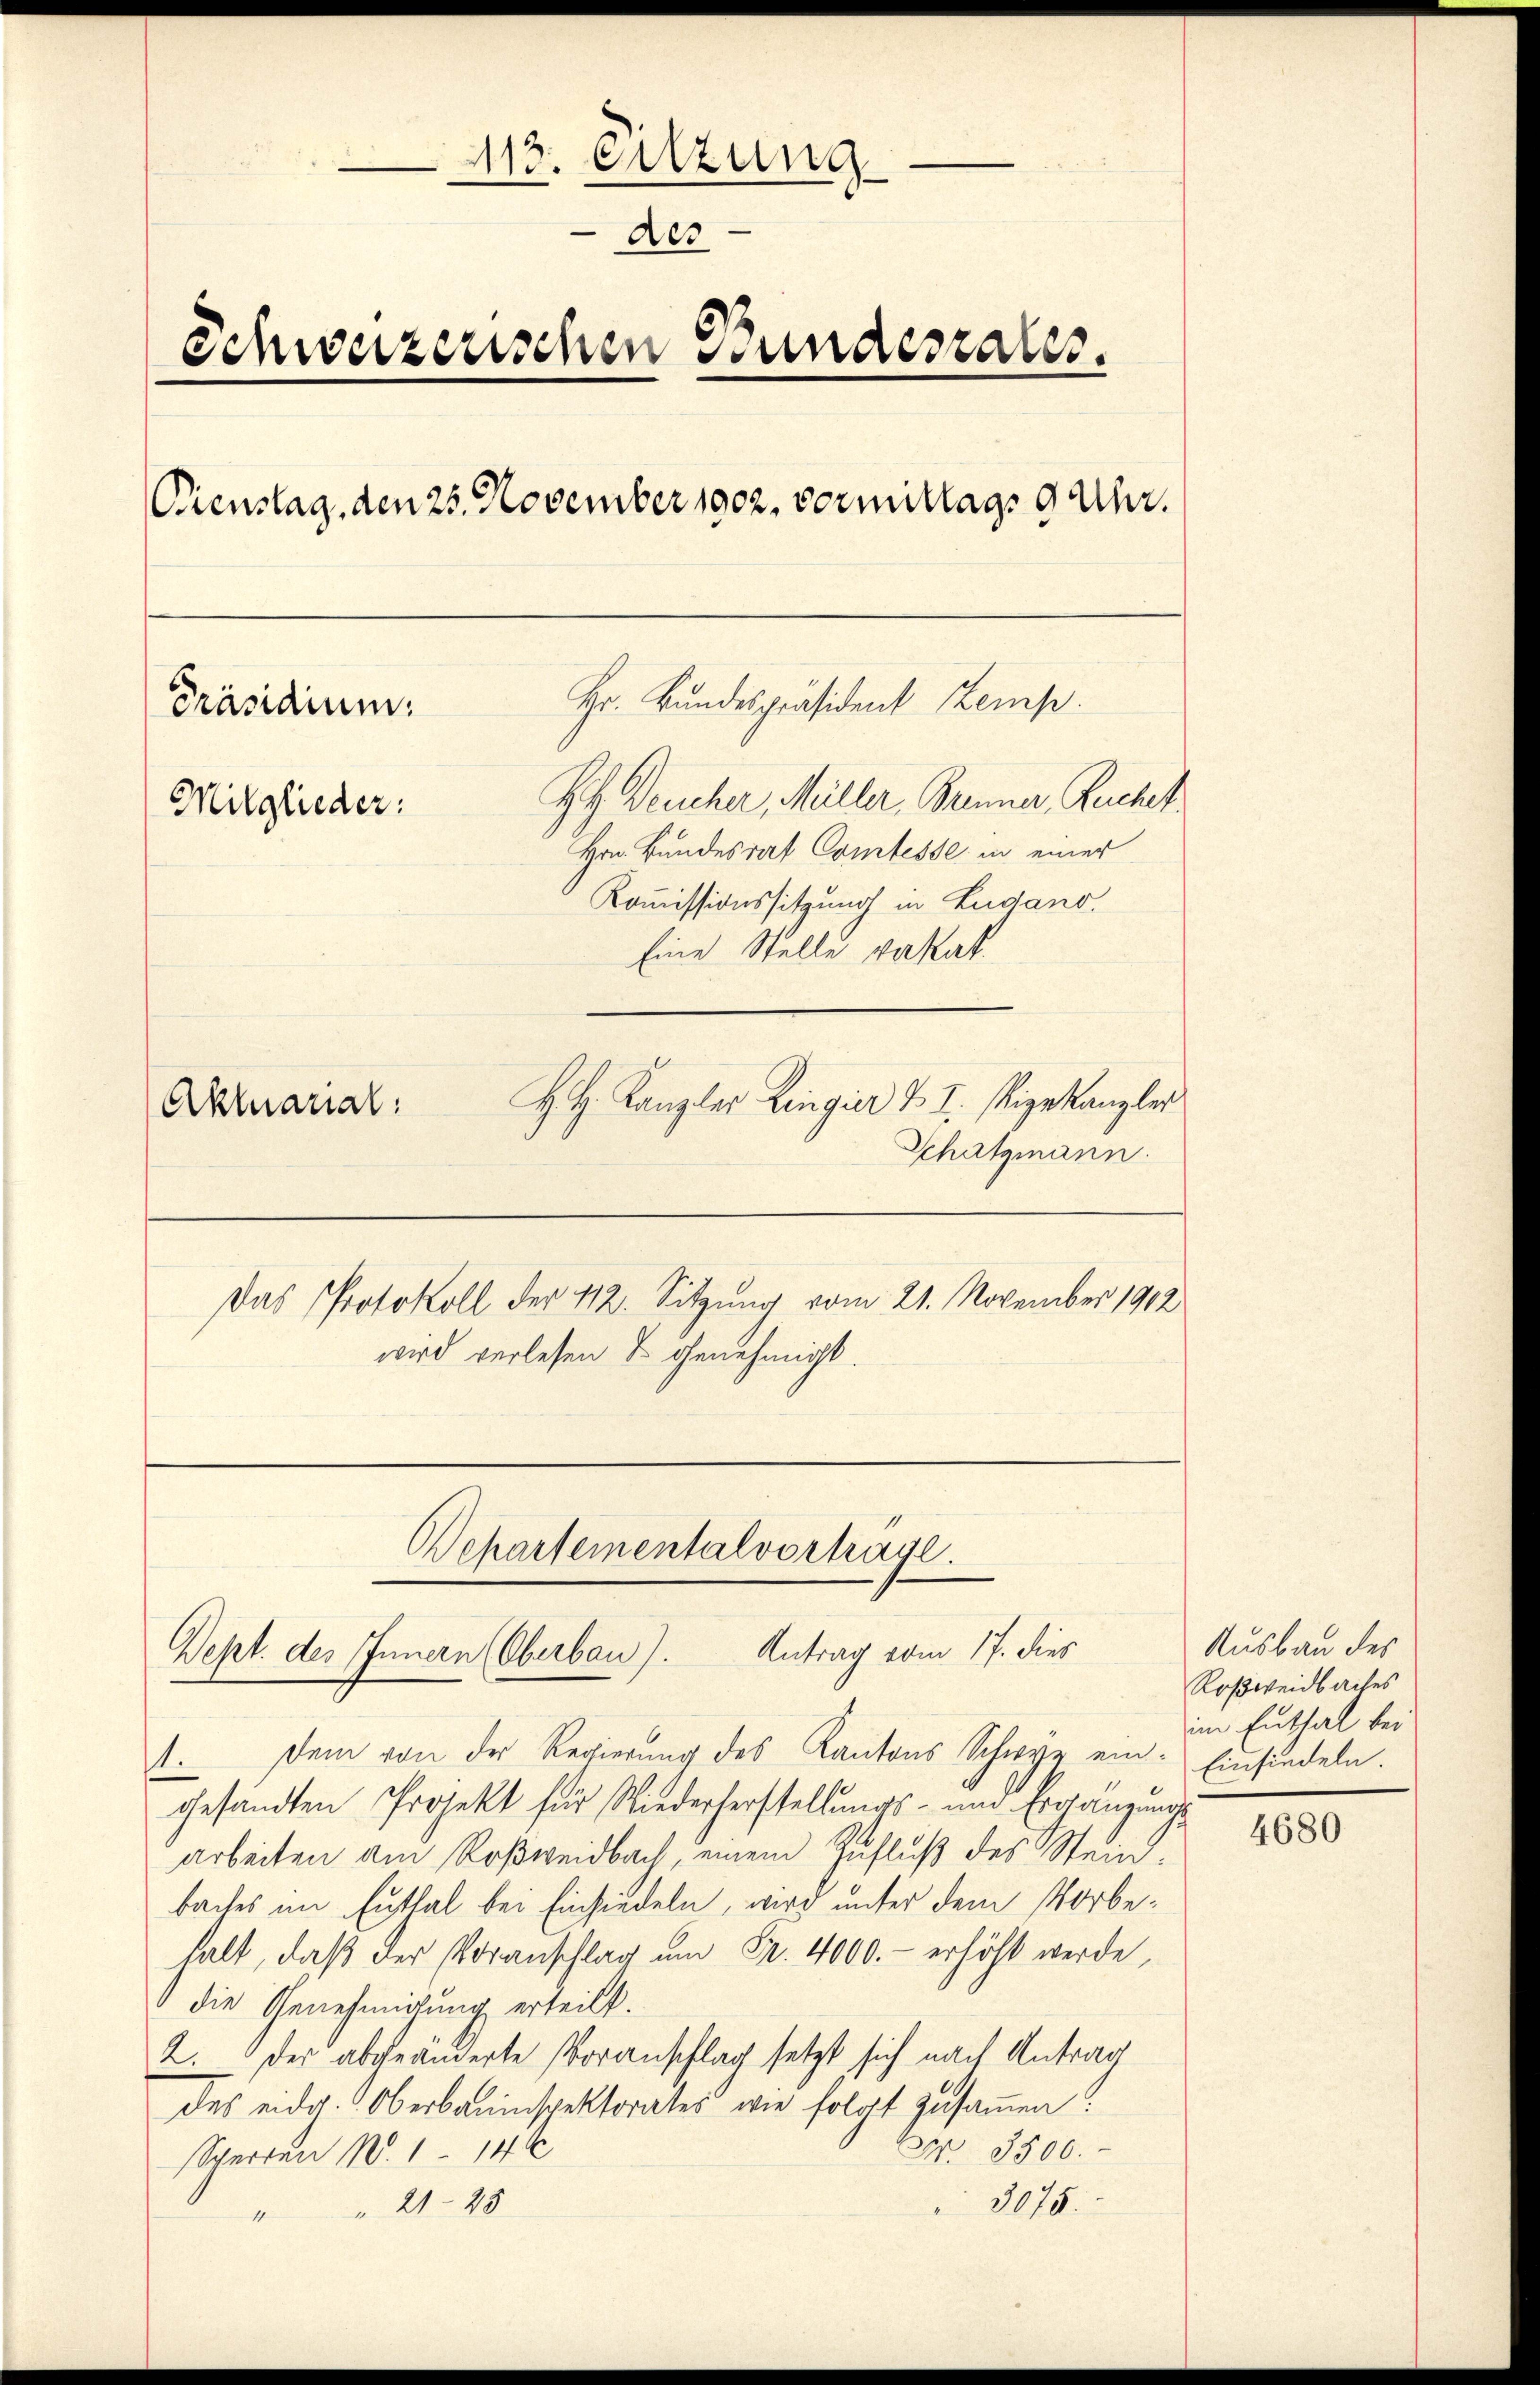
.
413. Eitzung
der
Schweizerischen Bundesrates.
Dienstag, den 25. November 1902. vermittags 9 Uhr.
Hr. Bundespräsident Zemp.
Präsidium.
HH Deucher, Müller, Brenner, Ruchet
Mitglieder:
Hrn. Bundesrat Comtesse in einer
Kommissionssitzung in Lugano.
Eine Stelle vakat.
H. H. Kanzler Ringier u. I. Vizekanzler
Aktuarial:
Schatzmann.

Departementalvortrage.
Antrag vom 17. dies
Dept. des Innern (Oberbau).

Das Protokoll der 112. Sitzung vom 21. November 1912
wird verlesen & genehmigt.

1. Dem von der Regierŭng des Kantons Schwyz ein- Einfindeln.
gesandten Projekt für Wiederherstellungs- und Ergänzungs
arbeiten am Roßweidbach, einem Zufluß des Steinbaches im Enthal bei Einsiedeln, wird unter dem Vorbehalt, daß der Voranschlag um Fr. 4000.- erhöht werde,
" die Genehmigung erteilt.
2. Der abgeänderte Voranschlag setzt sich nach Antrag
des eidg. Oberbauinspektorates wie folgt zusammen!
Nr. 3500.
Sperren N. 1144
3075.
" " 2125

Ausbau des
Roßweidbaches
im Enthal bei

4680